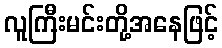
လူကြီးမင်းတို့အနေဖြင့်